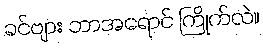
ခင်ဗျား ဘာအရောင် ကြိုက်လဲ။